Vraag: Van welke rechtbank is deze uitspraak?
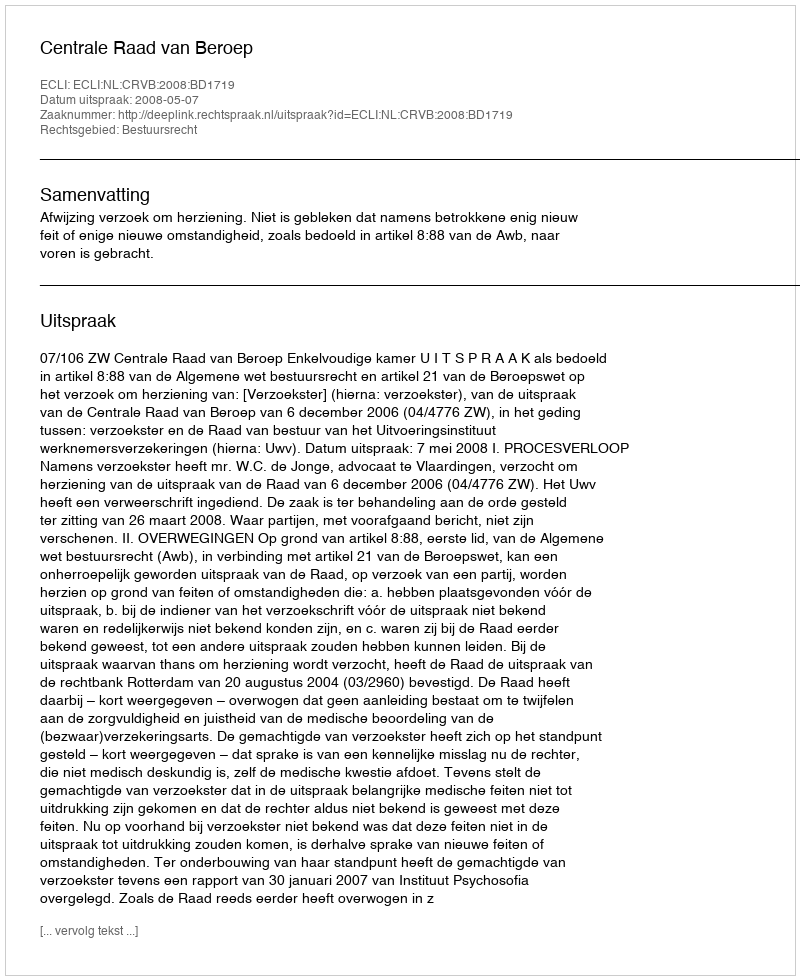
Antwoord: Centrale Raad van Beroep